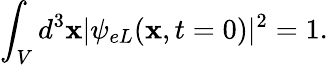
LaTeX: \int_{V}{d^{3}{\mathbf x}|\psi_{eL}({\mathbf x},t=0)|^{2}}=1.